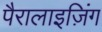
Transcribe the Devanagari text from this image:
पैरालाइज़िंग